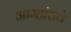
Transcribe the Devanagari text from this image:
आम्हांसवे